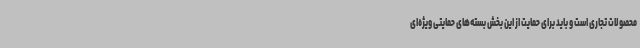
محصولات تجاری است و باید برای حمایت از این بخش بسته‌های حمایتی ویژه‌ای